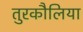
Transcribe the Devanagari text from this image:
तुरकौलिया